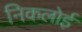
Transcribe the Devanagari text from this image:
निकलोई